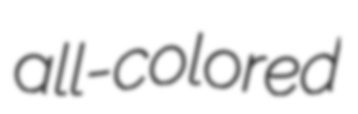
all-colored